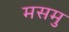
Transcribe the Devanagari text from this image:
मसमु